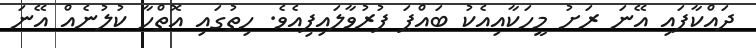
ދައްކާފައި އޭނަ ރަށު މީހަކާއިއެކު ބައްޕަ ފުރުވާލައިފިއެވެ. ހިތުގައި އޮތްހާ ކުލުނެއް އޭނަ